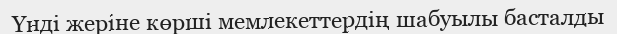
Үнді жеріне көрші мемлекеттердің шабуылы басталды